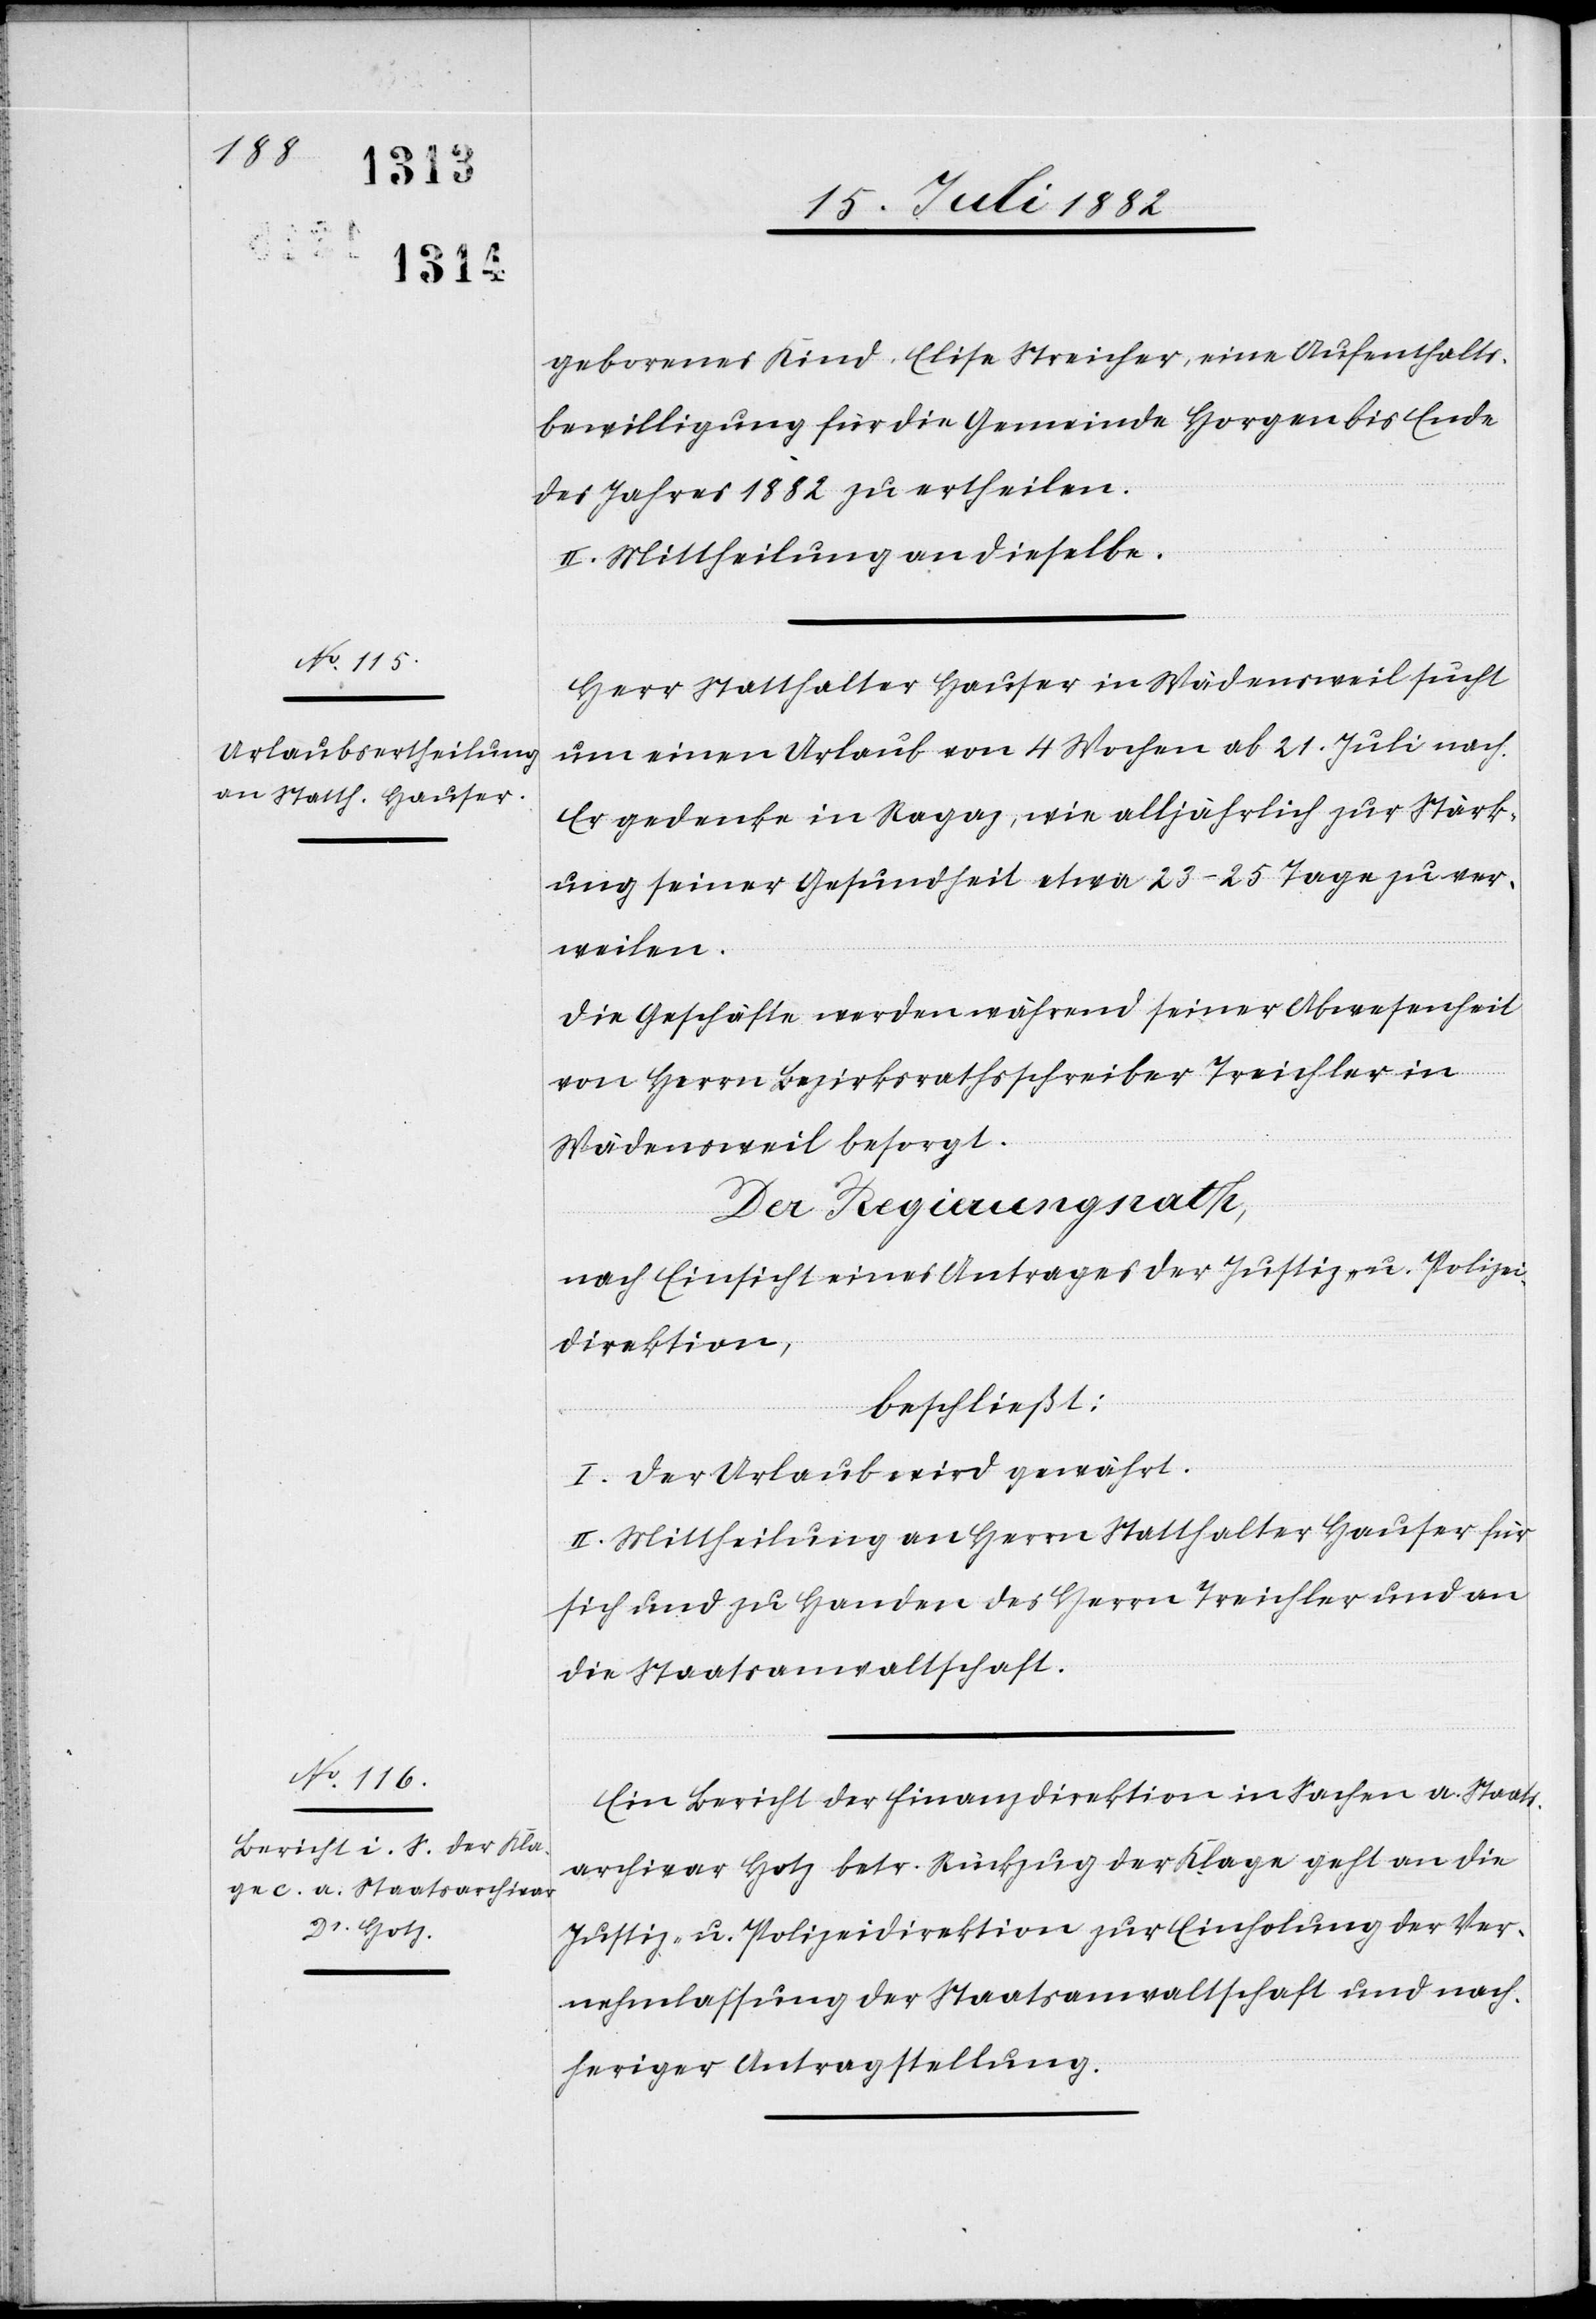
gebornes Kind Elise Streicher, eine Aufenthalts¬
bewilligung für die Gemeinde Horgen bis Ende
des Jahres 1882 zu ertheilen.
II. Mittheilung an dieselbe.
Herr Statthalter Hauser in Wädensweil sucht
um einen Urlaub von 4 Wochen ab 21. Juli nach.
Er gedenke in Ragaz, wie alljährlich zur Stärk¬
ung seiner Gesundheit etwa 23–25 Tage zu ver¬
weilen.
Die Geschäfte werden während seiner Abwesenheit
von Herrn Bezirksrathsschreiber Treichler in
Wädensweil besorgt.
Der Regierungsrath,
nach Einsicht eines Antrages der Justiz- & Polizei¬
direktion,
beschließt:
I. Der Urlaub wird gewährt.
II. Mittheilung an Herrn Statthalter Hauser für
sich und zu Handen des Herrn Treichler und an
die Staatsanwaltschaft.
Ein Bericht der Finanzdirektion in Sachen a. Staats¬
archivar Hotz betr. Rückzug der Klage geht an die
Justiz- & Polizeidirektion zur Einholung der Ver¬
nehmlassung der Staatsanwaltschaft und nach¬
heriger Antragstellung.